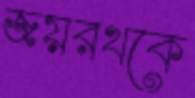
জয়রথকে